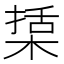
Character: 𣕔